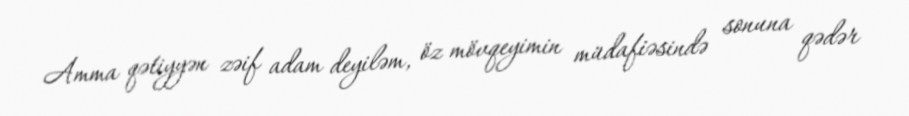
Amma qətiyyən zəif adam deyiləm, öz mövqeyimin müdafiəsində sonuna qədər